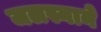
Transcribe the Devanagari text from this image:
जलस्नाने